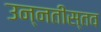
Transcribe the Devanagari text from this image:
उन्नतीस्तव